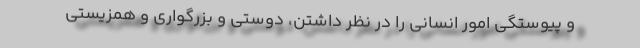
و پیوستگی امور انسانی را در نظر داشتن، دوستی و بزرگواری و همزیستی